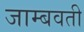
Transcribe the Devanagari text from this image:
जाम्‍बवती